Eesti_Rahvusfond, lk 51
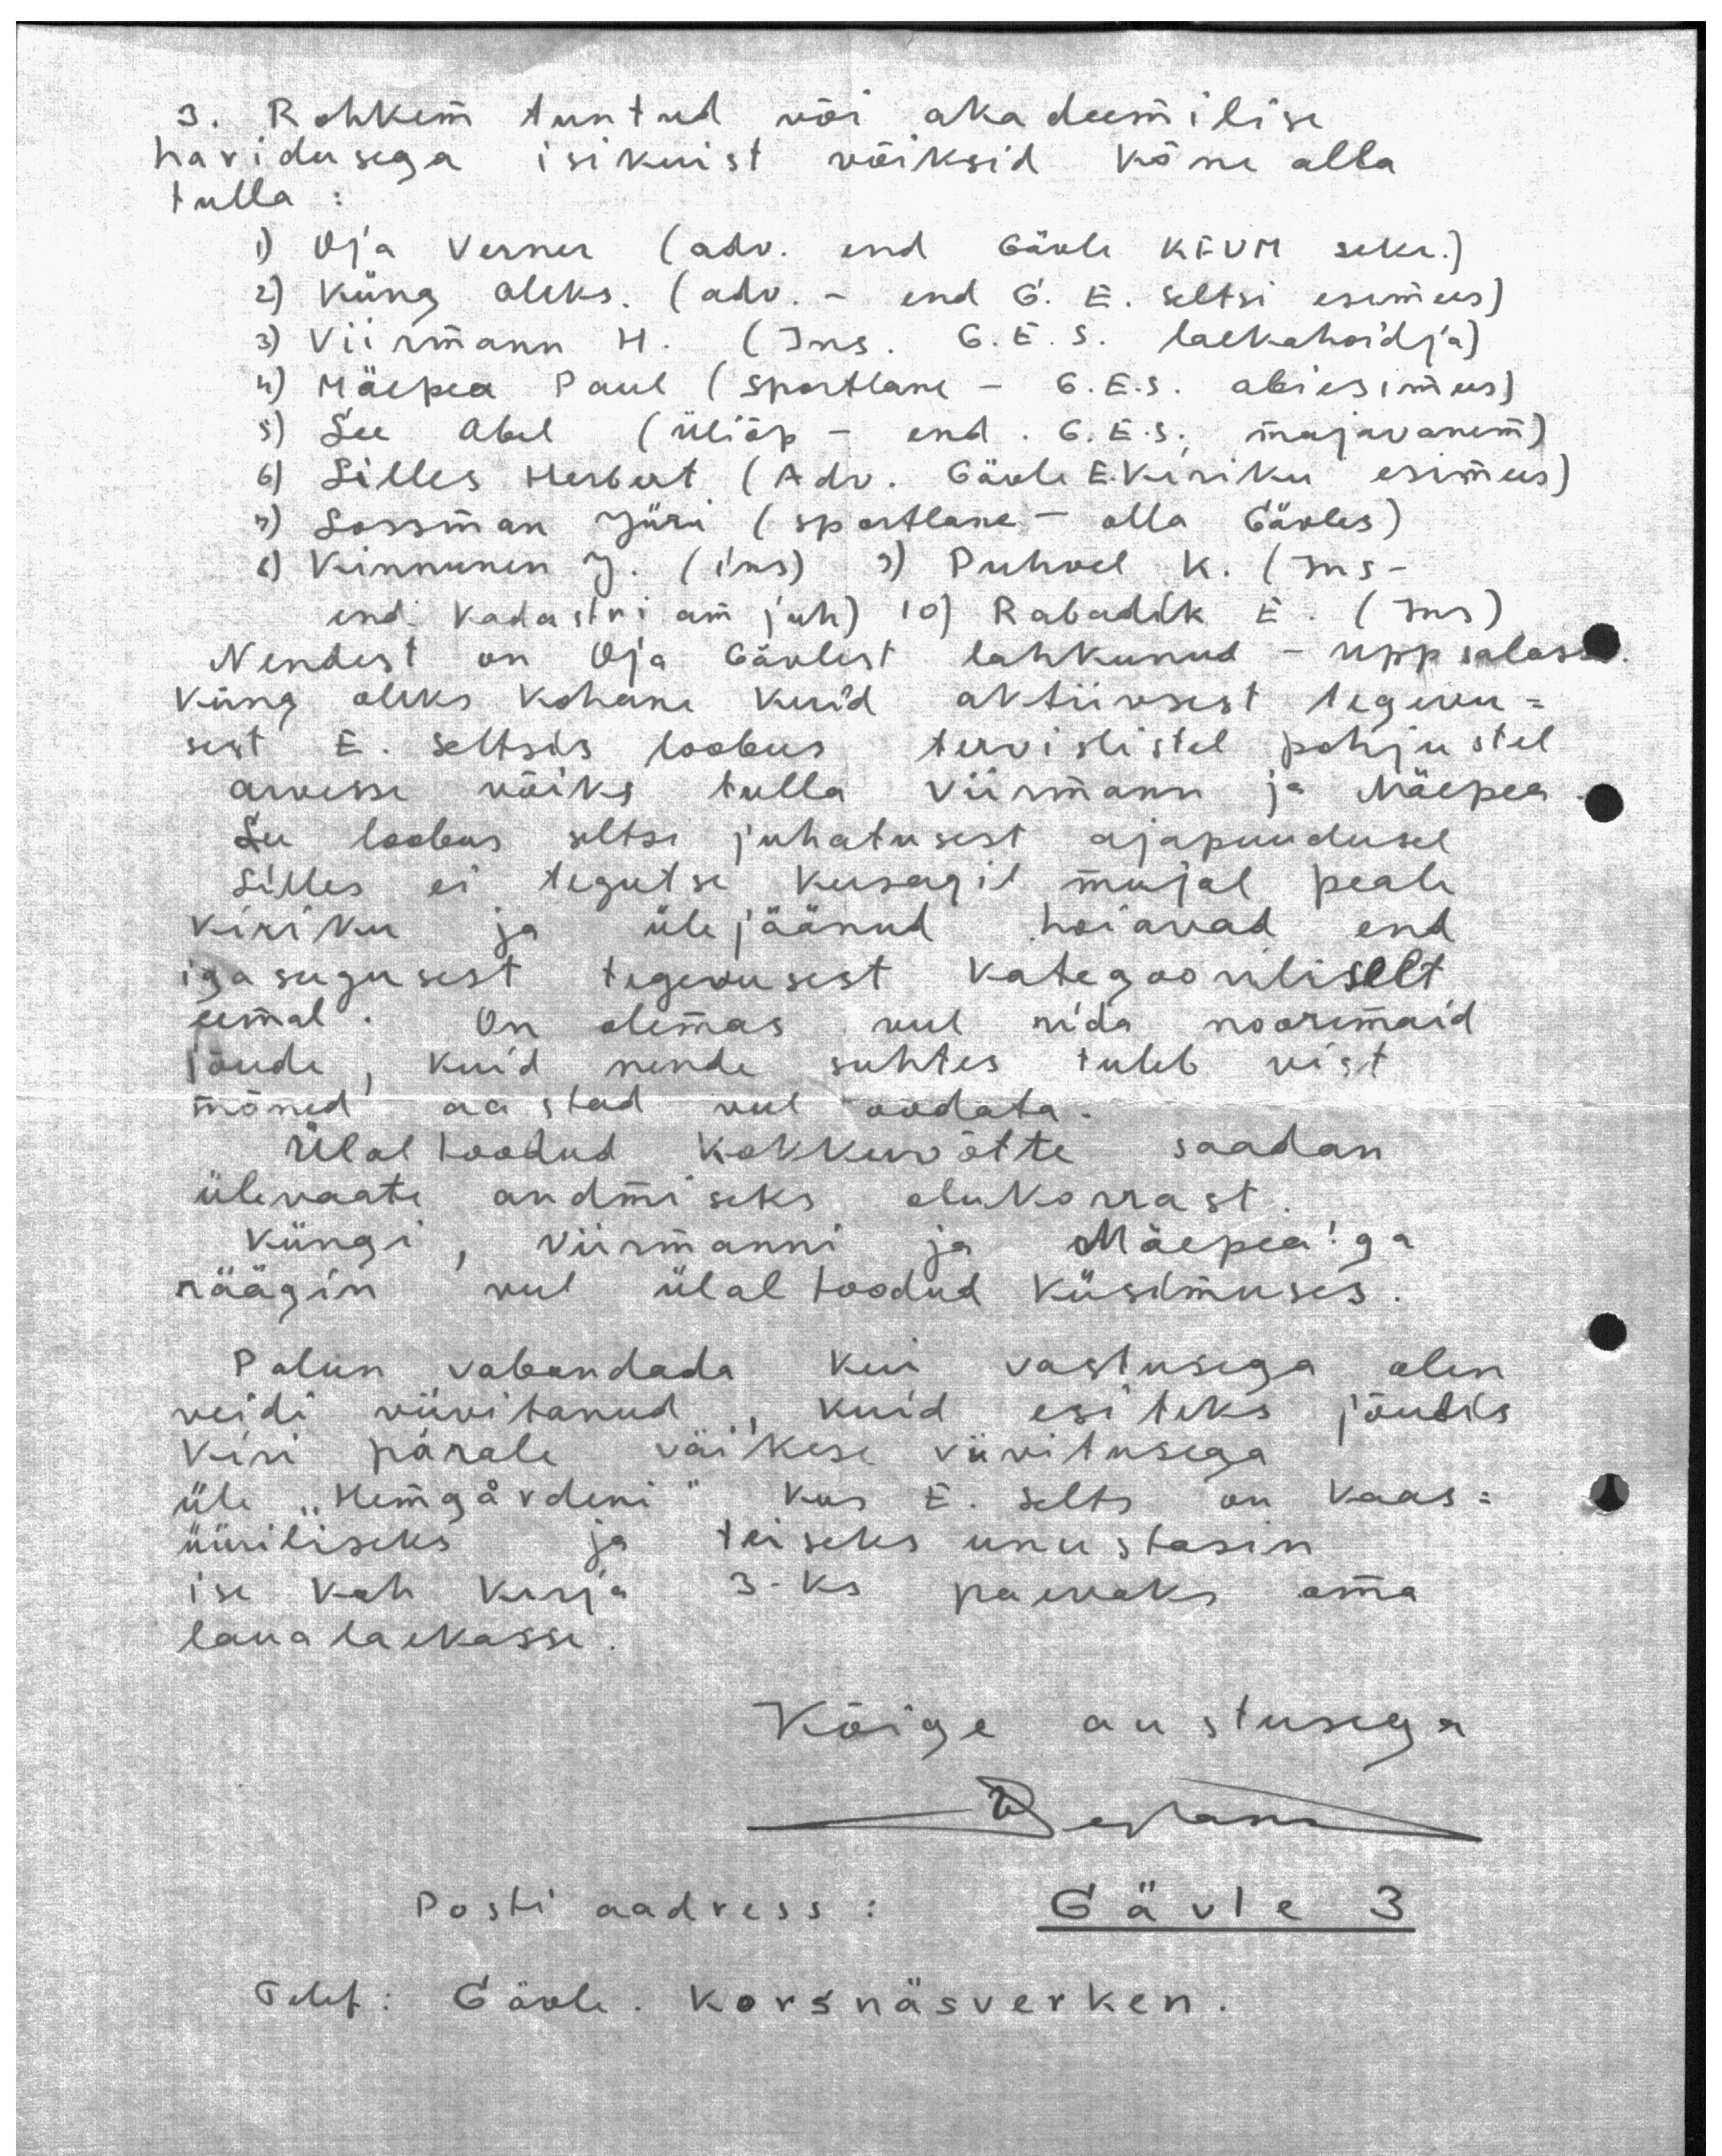
3. Rohkem tuntud või akadeemilise
haridusega isikuist võiksid kõne alla
tulla:
1) Oja Verner (adv. end Gävle KFUM sekr.)
2) Küng Aleks. (adv. - end G. E. seltsi esimees)
3) Viirmann H. (Ins. G.E.S. laekahoidja)
4) Mäepea Paul (sportlane - G. E. S. abiesimees)
5) Lee Abel (üliõp - end. G. E. S. majavanem)
6) Lilles Herbert (Adv. Gävle E. Kiriku esimees)
7) Lossman Jüri (sportlane - olla Gävles)
8) Kinnunen J. (ins) 9) Puhvel K. (Ins -
end Kadastri am juh) 10) Rabadik E. (Ins)
Nendest on Oja Gävlest lahkunud - Uppsalasse
Küng oleks kohane kuid aktiivsest tegevu-
sest E. Seltsis loobus tervislistel pohjustel
Arvesse võiks tulla Viirmann ja Mäepea
Lee loobus seltsi juhatusest ajapuudusel
Lilles ei tegutse kusagil mujal peale
kiriku ja ülejäänud hoiavad end
igasugusest tegevusest kategooriliselt
eemal . On olemas veel rida nooremaid
jõude , kuid nende suhtes tuleb vist
mõned aastad veel oodata
Ülal toodud kokkuvõtte saadan
ülevaate andmiseks olukorrast.
Küngi, Viirmanni ja Mäepea'ga
räägin veel ülaltoodud küsimuses
Palun vabandada kui vastusega olen
veidi viivitanud , kuid esiteks jõudis
kiri pärale väikese viivitusega
üle "Hemgårdeni" kus E. Selts on kaas-
üüriliseks ja teiseks unustasin
ise kah kirja 3-ks paevaks oma
laualaekasse.
Kõige austusega
D. Pehtam
Posti aadress : Gävle 3
Telef: Gävle. Korsnäsverken